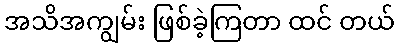
အသိအကျွမ်း ဖြစ်ခဲ့ကြတာ ထင် တယ်